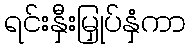
ရင်းနှီးမြှုပ်နှံကာ